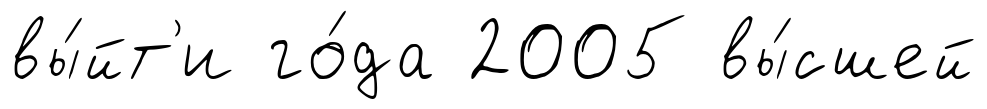
вы́йт'и го́да 2005 вы́сшей